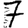
Digit: 7